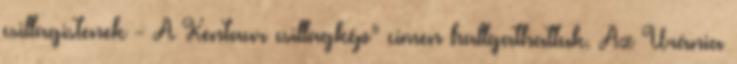
csillagistenek - A Kentaur csillagkép” címen hallgathattuk. Az Uránia